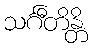
သင်္ဂီတိန္တိ